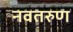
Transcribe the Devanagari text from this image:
नवतरुण